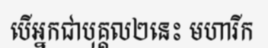
បើអ្នកជាបុគ្គល២នេះ មហារីក